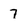
Character: 7